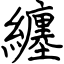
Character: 纏